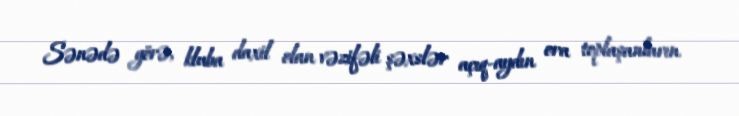
Sənədə görə, kluba daxil olan vəzifəli şəxslər açıq-aydın ora toplaşanların